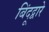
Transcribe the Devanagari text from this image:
बिंदूद्वारे